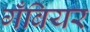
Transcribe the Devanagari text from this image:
गँबियर